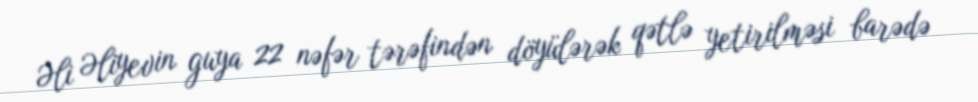
Əli Əliyevin guya 22 nəfər tərəfindən döyülərək qətlə yetirilməsi barədə